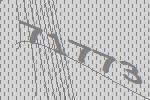
71773